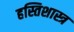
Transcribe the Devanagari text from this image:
हस्तिशास्त्र